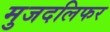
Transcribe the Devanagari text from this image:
मुजदलिफर